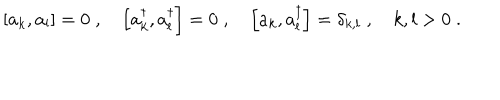
LaTeX: \left[ a _ { k } , a _ { l } \right] = 0 \; , \quad \left[ a _ { k } ^ { \dagger } , a _ { l } ^ { \dagger } \right] = 0 \; , \quad \left[ a _ { k } , a _ { l } ^ { \dagger } \right] = \delta _ { k , l } \; , \quad k , l > 0 \; .